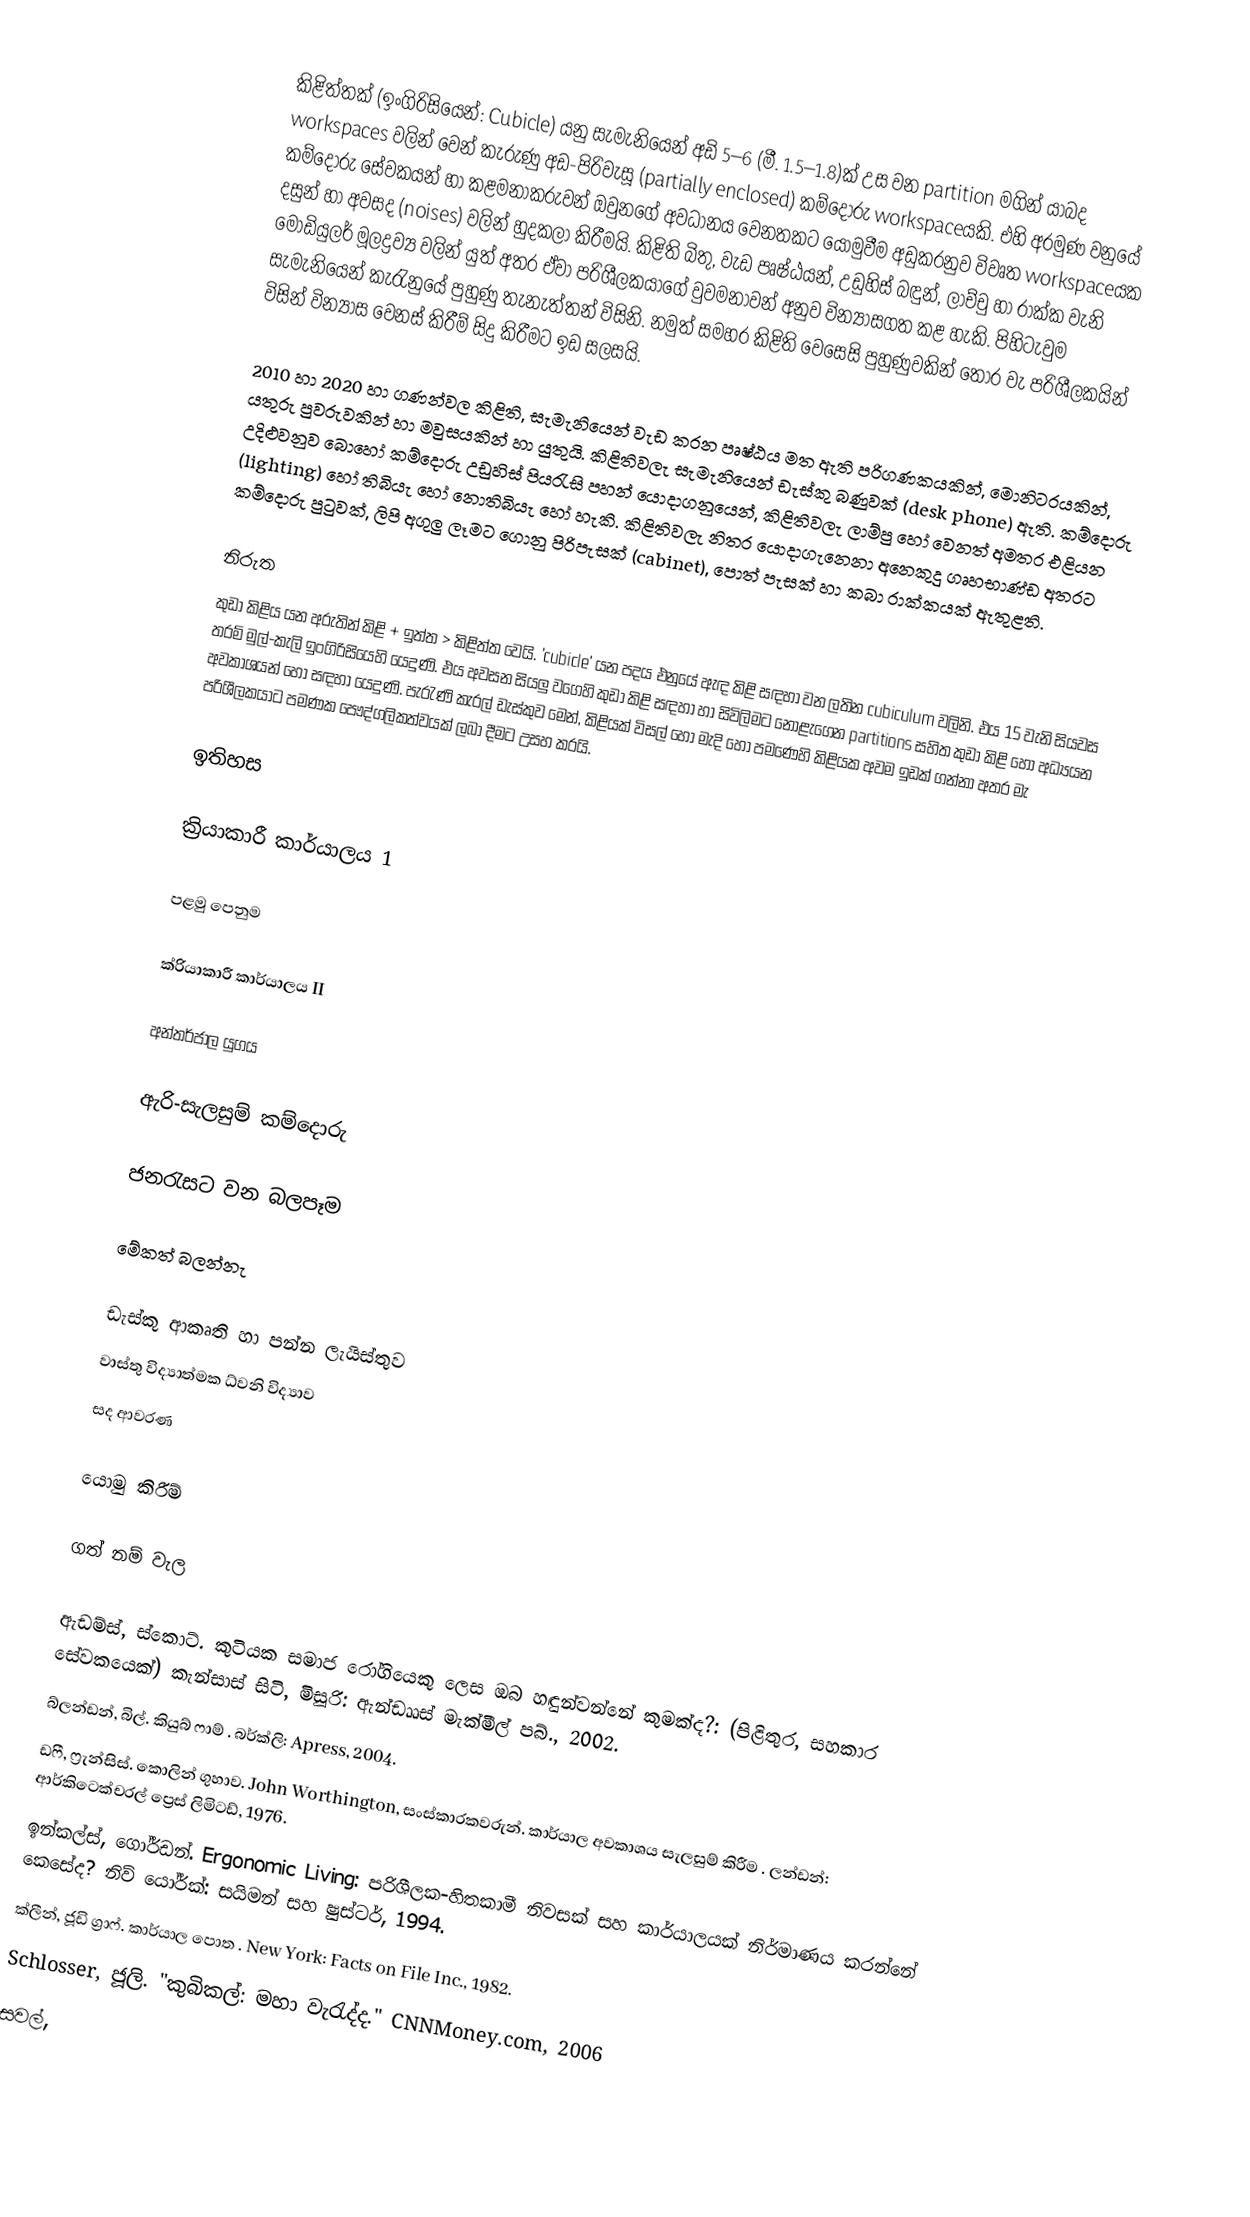
කිළිත්තක් (ඉංගිරිසියෙන්: Cubicle) යනු සැමැනියෙන් අඩි 5–6 (මී. 1.5–1.8)ක් උස වන partition මගින් යාබද workspaces වලින් වෙන් කැරුණු අඩ-පිරිවැසූ (partially enclosed) කම්දොරු workspaceයකි. එහි අරමුණ වනුයේ කම්දොරු සේවකයන් හා කළමනාකරුවන් ඔවුනගේ අවධානය වෙනතකට යොමුවීම අඩුකරනුව විවෘත workspaceයක දසුන් හා අවසද (noises) වලින් හුදකලා කිරීමයි. කිළිති බිතු, වැඩ පෘෂ්ඨයන්, උඩුහිස් බඳුන්, ලාච්චු හා රාක්ක වැනි මොඩියුලර් මූලද්‍රව්‍ය වලින් යුත් අතර ඒවා පරිශීලකයාගේ වුවමනාවන් අනුව වින්‍යාසගත කළ හැකි. පිහිටැවුම සැමැනියෙන් කැරැනුයේ පුහුණු තැනැත්තන් විසිනි. නමුත් සමහර කිළිති වෙසෙසි පුහුණුවකින් තොර වැ පරිශීලකයින් විසින් වින්‍යාස වෙනස් කිරීම් සිදු කිරීමට ඉඩ සලසයි.

2010 හා 2020 හා ගණන්වල කිළිති, සැමැනියෙන් වැඩ කරන පෘෂ්ඨය මත ඇති පරිගණකයකින්, මොනිටරයකින්, යතුරු පුවරුවකින් හා මවුසයකින් හා යුතුයි. කිළිතිවලැ සැමැනියෙන් ඩැස්කු බණුවක් (desk phone) ඇති. කම්දොරු උදිළුවනුව බොහෝ කම්දොරු උඩුහිස් පියරැසි පහන් යොදාගනුයෙන්, කිළිතිවලැ ලාම්පු හෝ වෙනත් අමතර එළියන (lighting) හෝ තිබියැ හෝ නොතිබියැ හෝ හැකි. කිළිතිවලැ නිතර යොදාගැනෙනා අනෙකුදු ගෘහභාණ්ඩ අතරට කම්දොරු පුටුවක්, ලිපි අගුලු ලෑමට ගොනු පිරිපැසක් (cabinet), පොත් පැසක් හා කබා රාක්කයක් ඇතුළති.

නිරුත
කුඩා කිළිය යන අරුතින් කිළි + ඉත්ත > කිළිත්ත වෙයි. 'cubicle' යන පදය එනුයේ ඇඳ කිළි සඳහා වන ලතින cubiculum වලිනි. එය 15 වැනි සියවස තරම් මුල්-කැලි ඉංගිරිසියෙහි යෙදුණි. එය අවසන සියලු වගෙහි කුඩා කිළි සඳහා හා සිවිලිමට නොළැගෙන partitions සහිත කුඩා කිළි හෝ අධ්‍යයන අවකාශයන් හෝ සඳහා යෙදුණි. පැරැණි කැරල් ඩැස්කුව මෙන්, කිළියක් විසල් හෝ මැදි හෝ පමණෙහි කිළියක අවම ඉඩක් ගන්නා අතර මැ පරිශීලකයාට පමණක පෞද්ගලිකත්වයක් ලබා දීමට උසහ කරයි.

ඉතිහස

ක්‍රියාකාරී කාර්යාලය 1

පළමු පෙනුම

ක්රියාකාරී කාර්යාලය II

අන්තර්ජාල යුගය

ඇරි-සැලසුම් කම්දොරු

ජනරැසට වන බලපෑම

මේකත් බලන්නැ

 ඩැස්කු ආකෘති හා පන්න ලැයිස්තුව
 වාස්තු විද්‍යාත්මක ධ්වනි විද්‍යාව
 සද ආවරණ

යොමු කිරීම්

ගත් නම් වැල

 ඇඩම්ස්, ස්කොට්. කුටියක සමාජ රෝගියෙකු ලෙස ඔබ හඳුන්වන්නේ කුමක්ද?: (පිළිතුර, සහකාර සේවකයෙක්) කැන්සාස් සිටි, මිසූරි: ඇන්ඩෲස් මැක්මීල් පබ්., 2002.
 බ්ලන්ඩන්, බිල්. කියුබ් ෆාම් . බර්ක්ලි: Apress, 2004.
 ඩෆී, ෆ්‍රැන්සිස්. කොලින් ගුහාව. John Worthington, සංස්කාරකවරුන්. කාර්යාල අවකාශය සැලසුම් කිරීම . ලන්ඩන්: ආර්කිටෙක්චරල් ප්‍රෙස් ලිමිටඩ්, 1976.
 ඉන්කල්ස්, ගෝර්ඩන්. Ergonomic Living: පරිශීලක-හිතකාමී නිවසක් සහ කාර්යාලයක් නිර්මාණය කරන්නේ කෙසේද? නිව් යෝර්ක්: සයිමන් සහ ෂුස්ටර්, 1994.
 ක්ලීන්, ජූඩි ග්‍රාෆ්. කාර්යාල පොත . New York: Facts on File Inc., 1982.
 Schlosser, ජූලි. "කුබිකල්: මහා වැරැද්ද." CNNMoney.com, 2006
 සවල්,